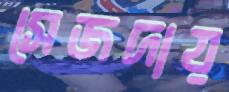
সেজদায়